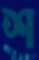
শ